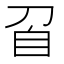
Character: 𭃙